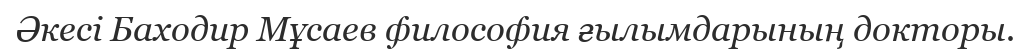
Әкесі Баходир Мұсаев философия ғылымдарының докторы.